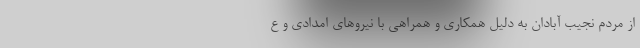
از مردم نجیب آبادان به دلیل همکاری و همراهی با نیروهای امدادی و ع